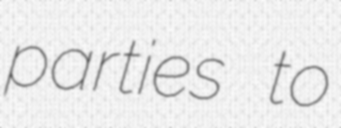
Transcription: parties to